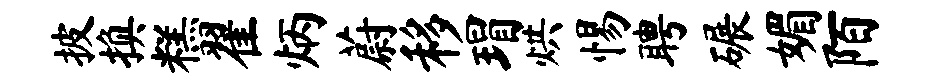
披换糕翟炳蔚移瑁烘惕聘碾媚陌